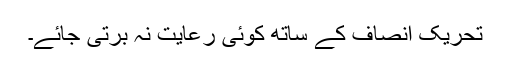
تحریک انصاف کے ساتھ کوئی رعایت نہ برتی جائے۔